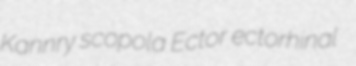
Kannry scopola Ector ectorhinal